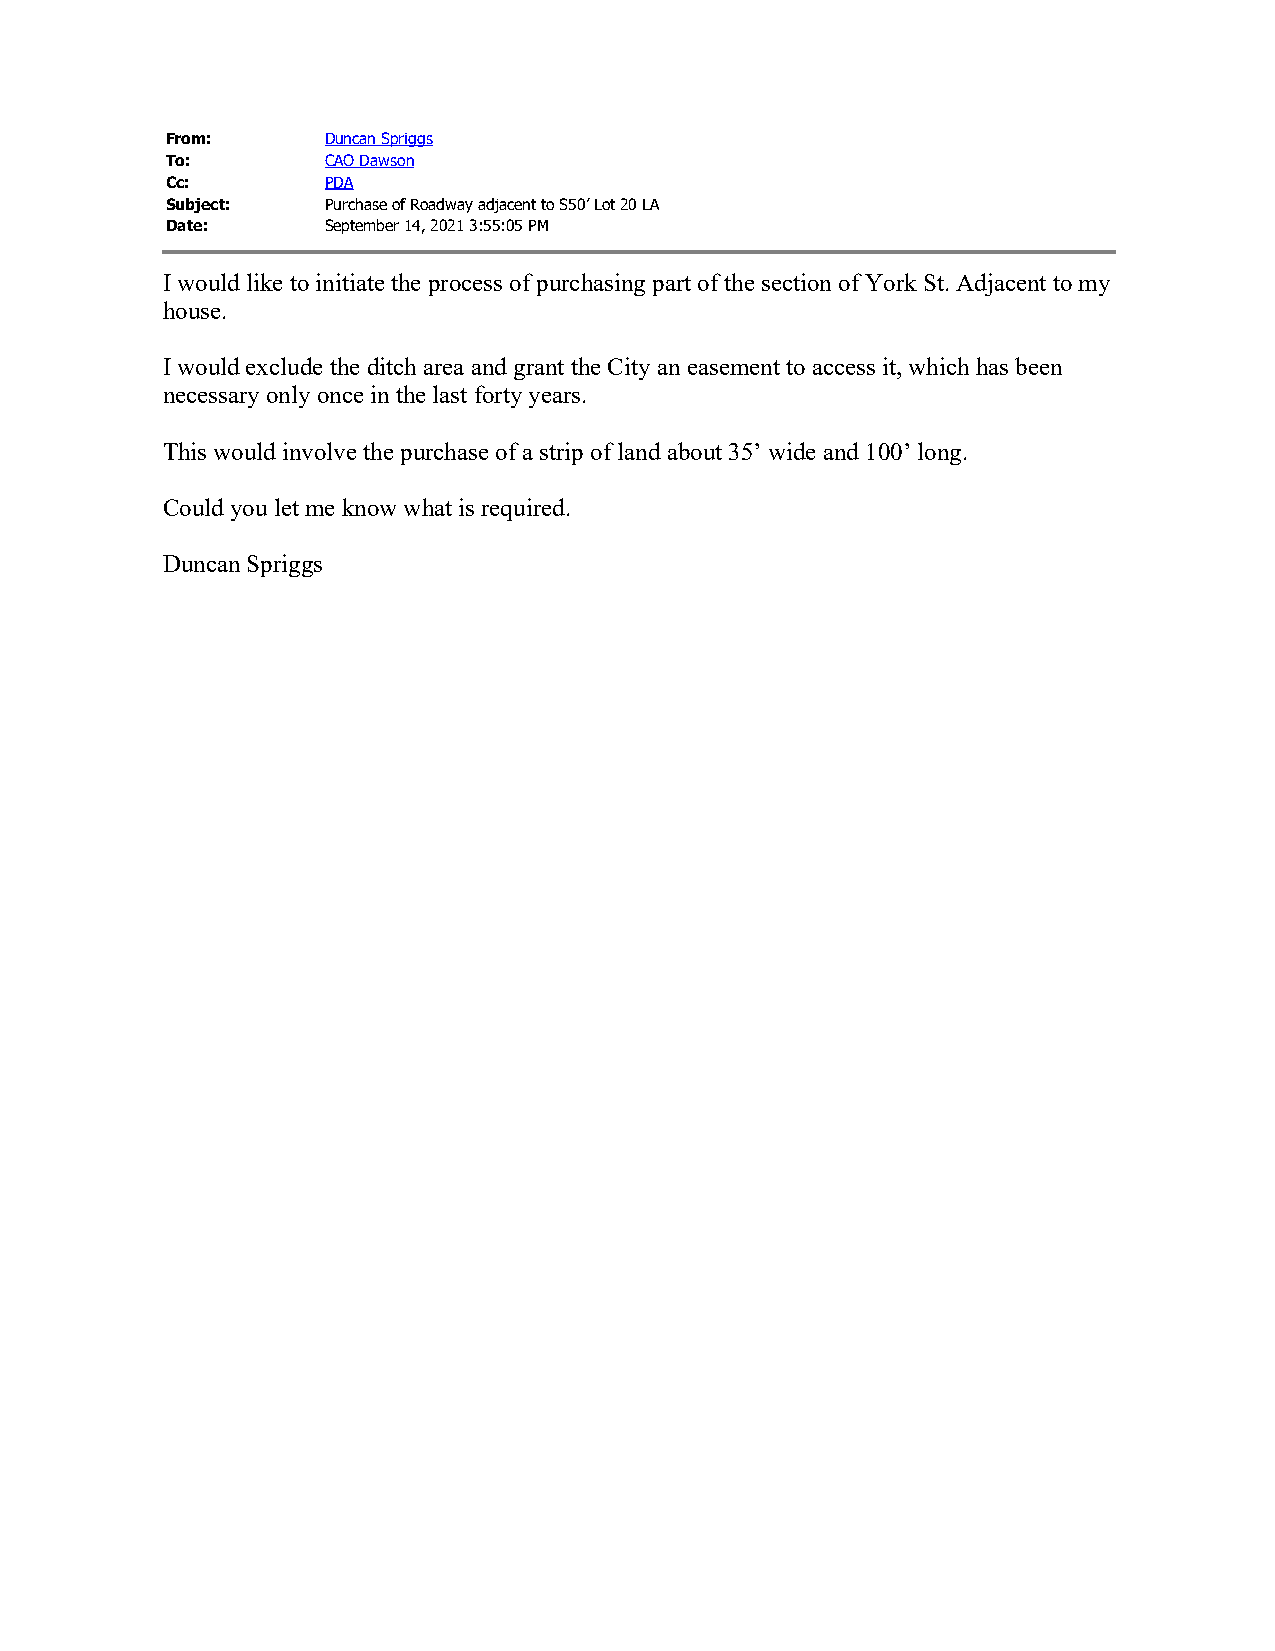
From:      Duncan Spriggs
 To:        CAO Dawson
 Cc:        PDA
 Subject:   Purchase of Roadway adjacent to S50’ Lot 20 LA
 Date:      September 14, 2021 3:55:05 PM
 I would like to initiate the process of purchasing part of the section of York St. Adjacent to my
 house.
 I would exclude the ditch area and grant the City an easement to access it, which has been
 necessary only once in the last forty years.
 This would involve the purchase of a strip of land about 35’ wide and 100’ long.
 Could you let me know what is required.
 Duncan Spriggs